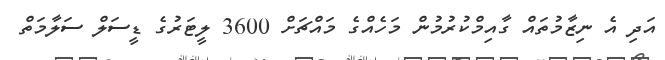
އަދި އެ ނިޒާމުތައް ގާއިމްކުރުމުން މަހެއްގެ މައްޗަށް 3600 ލީޓަރުގެ ޑީސަލް ސަލާމަތް